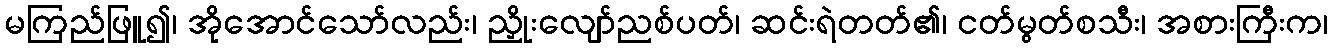
မကြည်ဖြူ၍၊ အိုအောင်သော်လည်း၊ ညှိုးလျော်ညစ်ပတ်၊ ဆင်းရဲတတ်၏၊ ငတ်မွတ်စသီး၊ အစားကြီးက၊